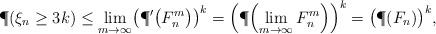
LaTeX: \begin{align*} \P(\xi_n \geq3k) \leq\lim_{m \to\infty}\bigl(\P^{\prime}\bigl( F^m_n \bigr)\bigr)^k = \Bigl(\P\Bigl(\lim_{m \to\infty}F^m_n \Bigr)\Bigr)^k = \bigl(\P(F_n)\bigr)^k, \end{align*}